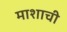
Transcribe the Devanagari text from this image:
माशाची